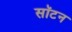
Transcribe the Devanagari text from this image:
सॉटन